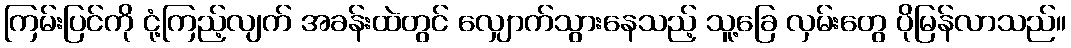
ကြမ်းပြင်ကို ငုံ့ကြည့်လျက် အခန်းထဲတွင် လျှောက်သွားနေသည့် သူ့ခြေ လှမ်းတွေ ပိုမြန်လာသည်။